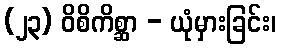
(၂၃) ဝိစိကိစ္ဆာ - ယုံမှားခြင်း၊